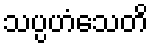
သပ္ပဟံသေတိ